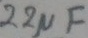
Text: 22µF